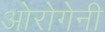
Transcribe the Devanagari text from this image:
ओरोगेनी